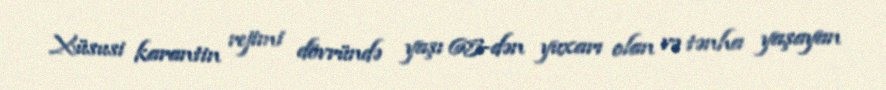
Xüsusi karantin rejimi dövründə yaşı 65-dən yuxarı olan və tənha yaşayan